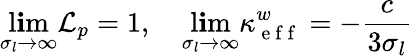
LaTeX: \operatorname*{l\mathbf{i}m}_{\sigma_{l}\to\infty}\mathcal{{L}}_{p}=1,\quad\operatorname*{l\mathbf{i}m}_{\sigma_{l}\to\infty}\kappa_{\mathrm{{~e~f~f~}}}^{w}=-\frac{{c}}{{3\sigma_{l}}}